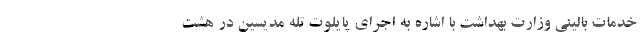
خدمات بالینی وزارت بهداشت با اشاره به اجرای پایلوت تله مدیسین در هشت